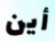
أين